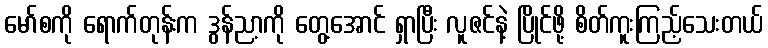
မော်စကို ရောက်တုန်းက ဒွန်ညာ့ကို တွေ့အောင် ရှာပြီး လူဇင်နဲ့ ပြိုင်ဖို့ စိတ်ကူးကြည့်သေးတယ်